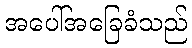
အပေါ်အခြေခံသည်